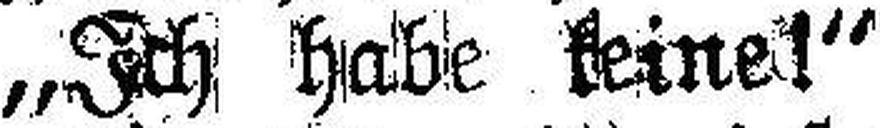
„Ich habe keine!“